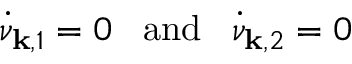
\dot { \nu } _ { { \bf k } , 1 } = 0 \; \; \; \mathrm { a n d } \; \; \; \dot { \nu } _ { { \bf k } , 2 } = 0